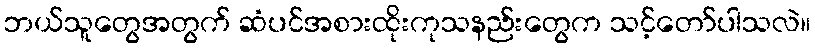
ဘယ်သူတွေအတွက် ဆံပင်အစားထိုးကုသနည်းတွေက သင့်တော်ပါသလဲ။